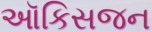
ઑકિસજન